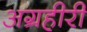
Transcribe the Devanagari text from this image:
अग्रहीरी